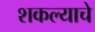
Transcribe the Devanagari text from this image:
शकल्याचे